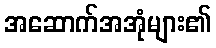
အဆောက်အအုံများ၏